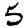
Digit: 5